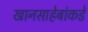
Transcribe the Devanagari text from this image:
खानसाहेबांकडे